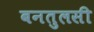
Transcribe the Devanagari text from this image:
बनतुलसी